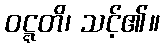
ဝဋ္ဋတိ၊ သင့်၏။